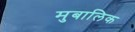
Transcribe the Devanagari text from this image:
मुबालिक